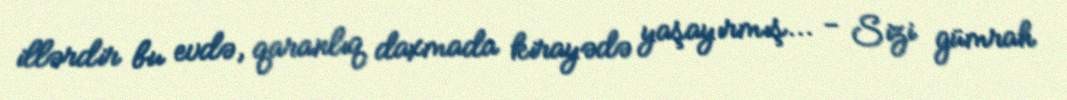
illərdir bu evdə, qaranlıq daxmada kirayədə yaşayırmış... - Sizi gümrah